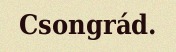
Csongrád.